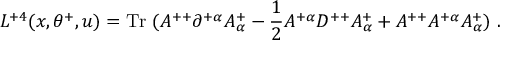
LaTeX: L ^ { + 4 } ( x , \theta ^ { + } , u ) = \mathrm { T r } \; ( A ^ { + + } \partial ^ { + \alpha } A _ { \alpha } ^ { + } - { \frac { 1 } { 2 } } A ^ { + \alpha } D ^ { + + } A _ { \alpha } ^ { + } + A ^ { + + } A ^ { + \alpha } A _ { \alpha } ^ { + } ) \ .